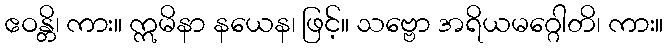
ဧဝန္တိ၊ ကား။ ဣမိနာ နယေန၊ ဖြင့်။ သဗ္ဗော အရိယမဂ္ဂေါတိ၊ ကား။